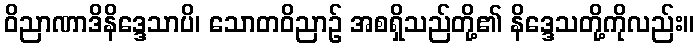
ဝိညာဏာဒိနိဒ္ဒေသာပိ၊ သောတဝိညာဉ် အစရှိသည်တို့၏ နိဒ္ဒေသတို့ကိုလည်း။